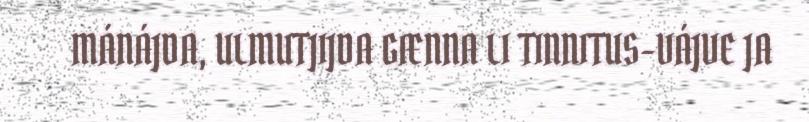
MÁNÁJDA, ULMUTJIJDA GÆNNA LI TINNITUS-VÁJVE JA